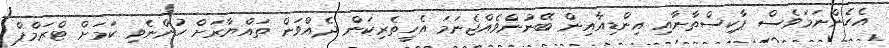
އެހެންނަމަވެސް ޕާކިސްތާނާއި އިންޑިއާއިން ބޭނުންވެއްޖެނަމަ އެހީތެރިކަން ދެއްވަން ތައްޔާރަށް ހުންނެވި ކަމަށް ޓްރަމްޕް